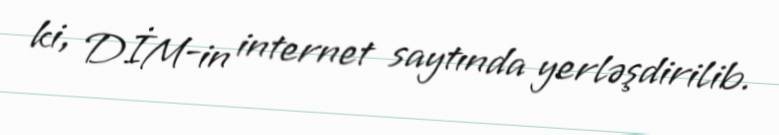
ki, DİM-in internet saytında yerləşdirilib.